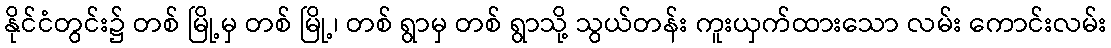
နိုင်ငံတွင်း၌ တစ် မြို့မှ တစ် မြို့၊ တစ် ရွာမှ တစ် ရွာသို့ သွယ်တန်း ကူးယှက်ထားသော လမ်း ကောင်းလမ်း